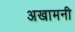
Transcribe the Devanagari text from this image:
अखामनी